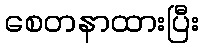
စေတနာထားပြီး